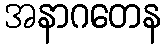
အနာဂတေန